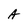
Character: A